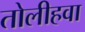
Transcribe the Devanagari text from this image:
तोलीहवा